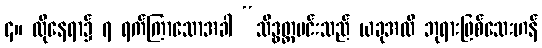
၄။ ထိုနေရာ၌ ၇ ရက်ကြာသောအခါ “သိဒ္ဓတ္ထမင်းသည် ယခုအထိ ဘုရားဖြစ်သေးဟန်